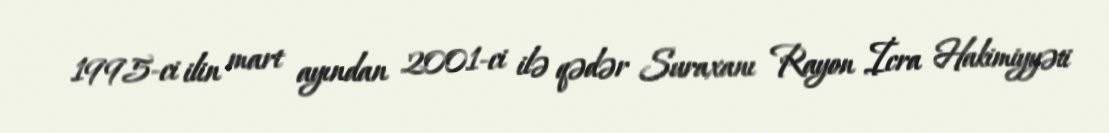
1995-ci ilin mart ayından 2001-ci ilə qədər Suraxanı Rayon İcra Hakimiyyəti